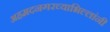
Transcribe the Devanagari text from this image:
अहमदनगरच्याभिल्लांनी